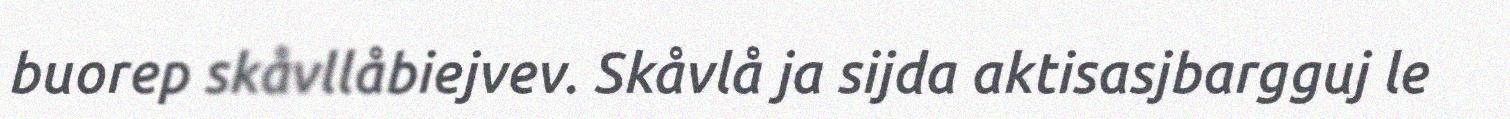
buorep skåvllåbiejvev. Skåvlå ja sijda aktisasjbargguj le